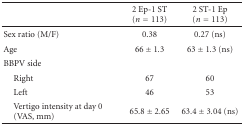
<table><thead><tr><td></td><td><b>2 Ep-1 ST (<i>n</i> = 113)</b></td><td><b>2ST-1Ep(<i>n</i> = 113)</b></td></tr></thead><tbody><tr><td>Sex ratio (M/F)</td><td>0.38</td><td>0.27 (ns)</td></tr><tr><td>Age</td><td>66 ± 1.3</td><td>63 ± 1.3 (ns)</td></tr><tr><td>BBPV side</td><td></td><td></td></tr><tr><td> Right</td><td>67</td><td>60</td></tr><tr><td> Left</td><td>46</td><td>53</td></tr><tr><td> Vertigo intensity at day 0(VAS, mm)</td><td>65.8 ± 2.65</td><td>63.4 ± 3.04 (ns)</td></tr></tbody></table>